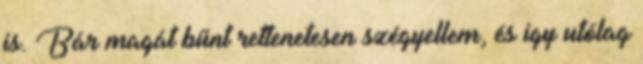
is. Bár magát bűnt rettenetesen szégyellem, és igy utólag